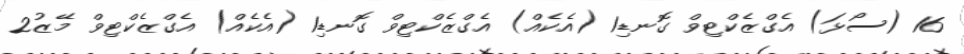
16 (ސޯޅަ) އެގްޒެކްޓިވް ގޮނޑި1 (އެކެއް) އެގްޒެކްޓިވް ގޮނޑި1 (އެކެއް) އެގްޒެކްޓިވް މޭޒު2